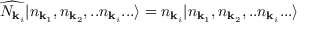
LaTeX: { \widehat { N _ { { \mathbf { k } } _ { i } } } } | n _ { { \mathbf { k } } _ { 1 } } , n _ { { \mathbf { k } } _ { 2 } } , . . n _ { { \mathbf { k } } _ { i } } . . . \rangle = n _ { { \mathbf { k } } _ { i } } | n _ { { \mathbf { k } } _ { 1 } } , n _ { { \mathbf { k } } _ { 2 } } , . . n _ { { \mathbf { k } } _ { i } } . . . \rangle